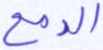
الدمع